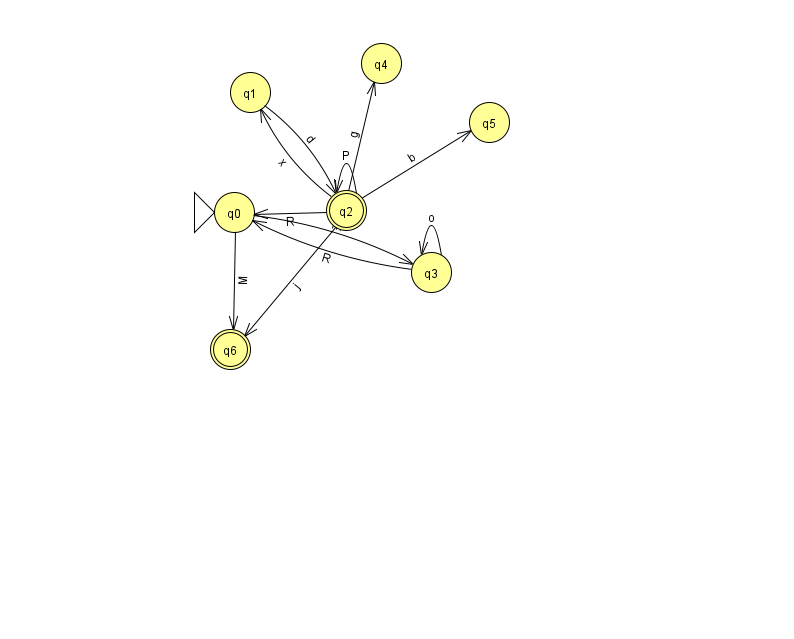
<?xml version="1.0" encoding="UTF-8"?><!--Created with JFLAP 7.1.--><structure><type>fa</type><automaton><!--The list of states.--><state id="0" name="q0"><x>234.0</x><y>199.0</y><initial/></state><state id="1" name="q1"><x>250.0</x><y>79.0</y></state><state id="2" name="q2"><x>346.0</x><y>197.0</y><final/></state><state id="3" name="q3"><x>431.0</x><y>259.0</y></state><state id="4" name="q4"><x>381.0</x><y>50.0</y></state><state id="5" name="q5"><x>489.0</x><y>109.0</y></state><state id="6" name="q6"><x>230.0</x><y>336.0</y><final/></state><!--The list of transitions.--><transition><from>0</from><to>6</to><read>M</read></transition><transition><from>2</from><to>2</to><read>P</read></transition><transition><from>2</from><to>6</to><read>j</read></transition><transition><from>3</from><to>0</to><read>R</read></transition><transition><from>1</from><to>2</to><read>d</read></transition><transition><from>2</from><to>0</to><read>R</read></transition><transition><from>0</from><to>3</to><read>m</read></transition><transition><from>2</from><to>5</to><read>b</read></transition><transition><from>2</from><to>1</to><read>x</read></transition><transition><from>2</from><to>4</to><read>g</read></transition><transition><from>3</from><to>3</to><read>o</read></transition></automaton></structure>